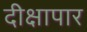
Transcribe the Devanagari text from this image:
दीक्षापार